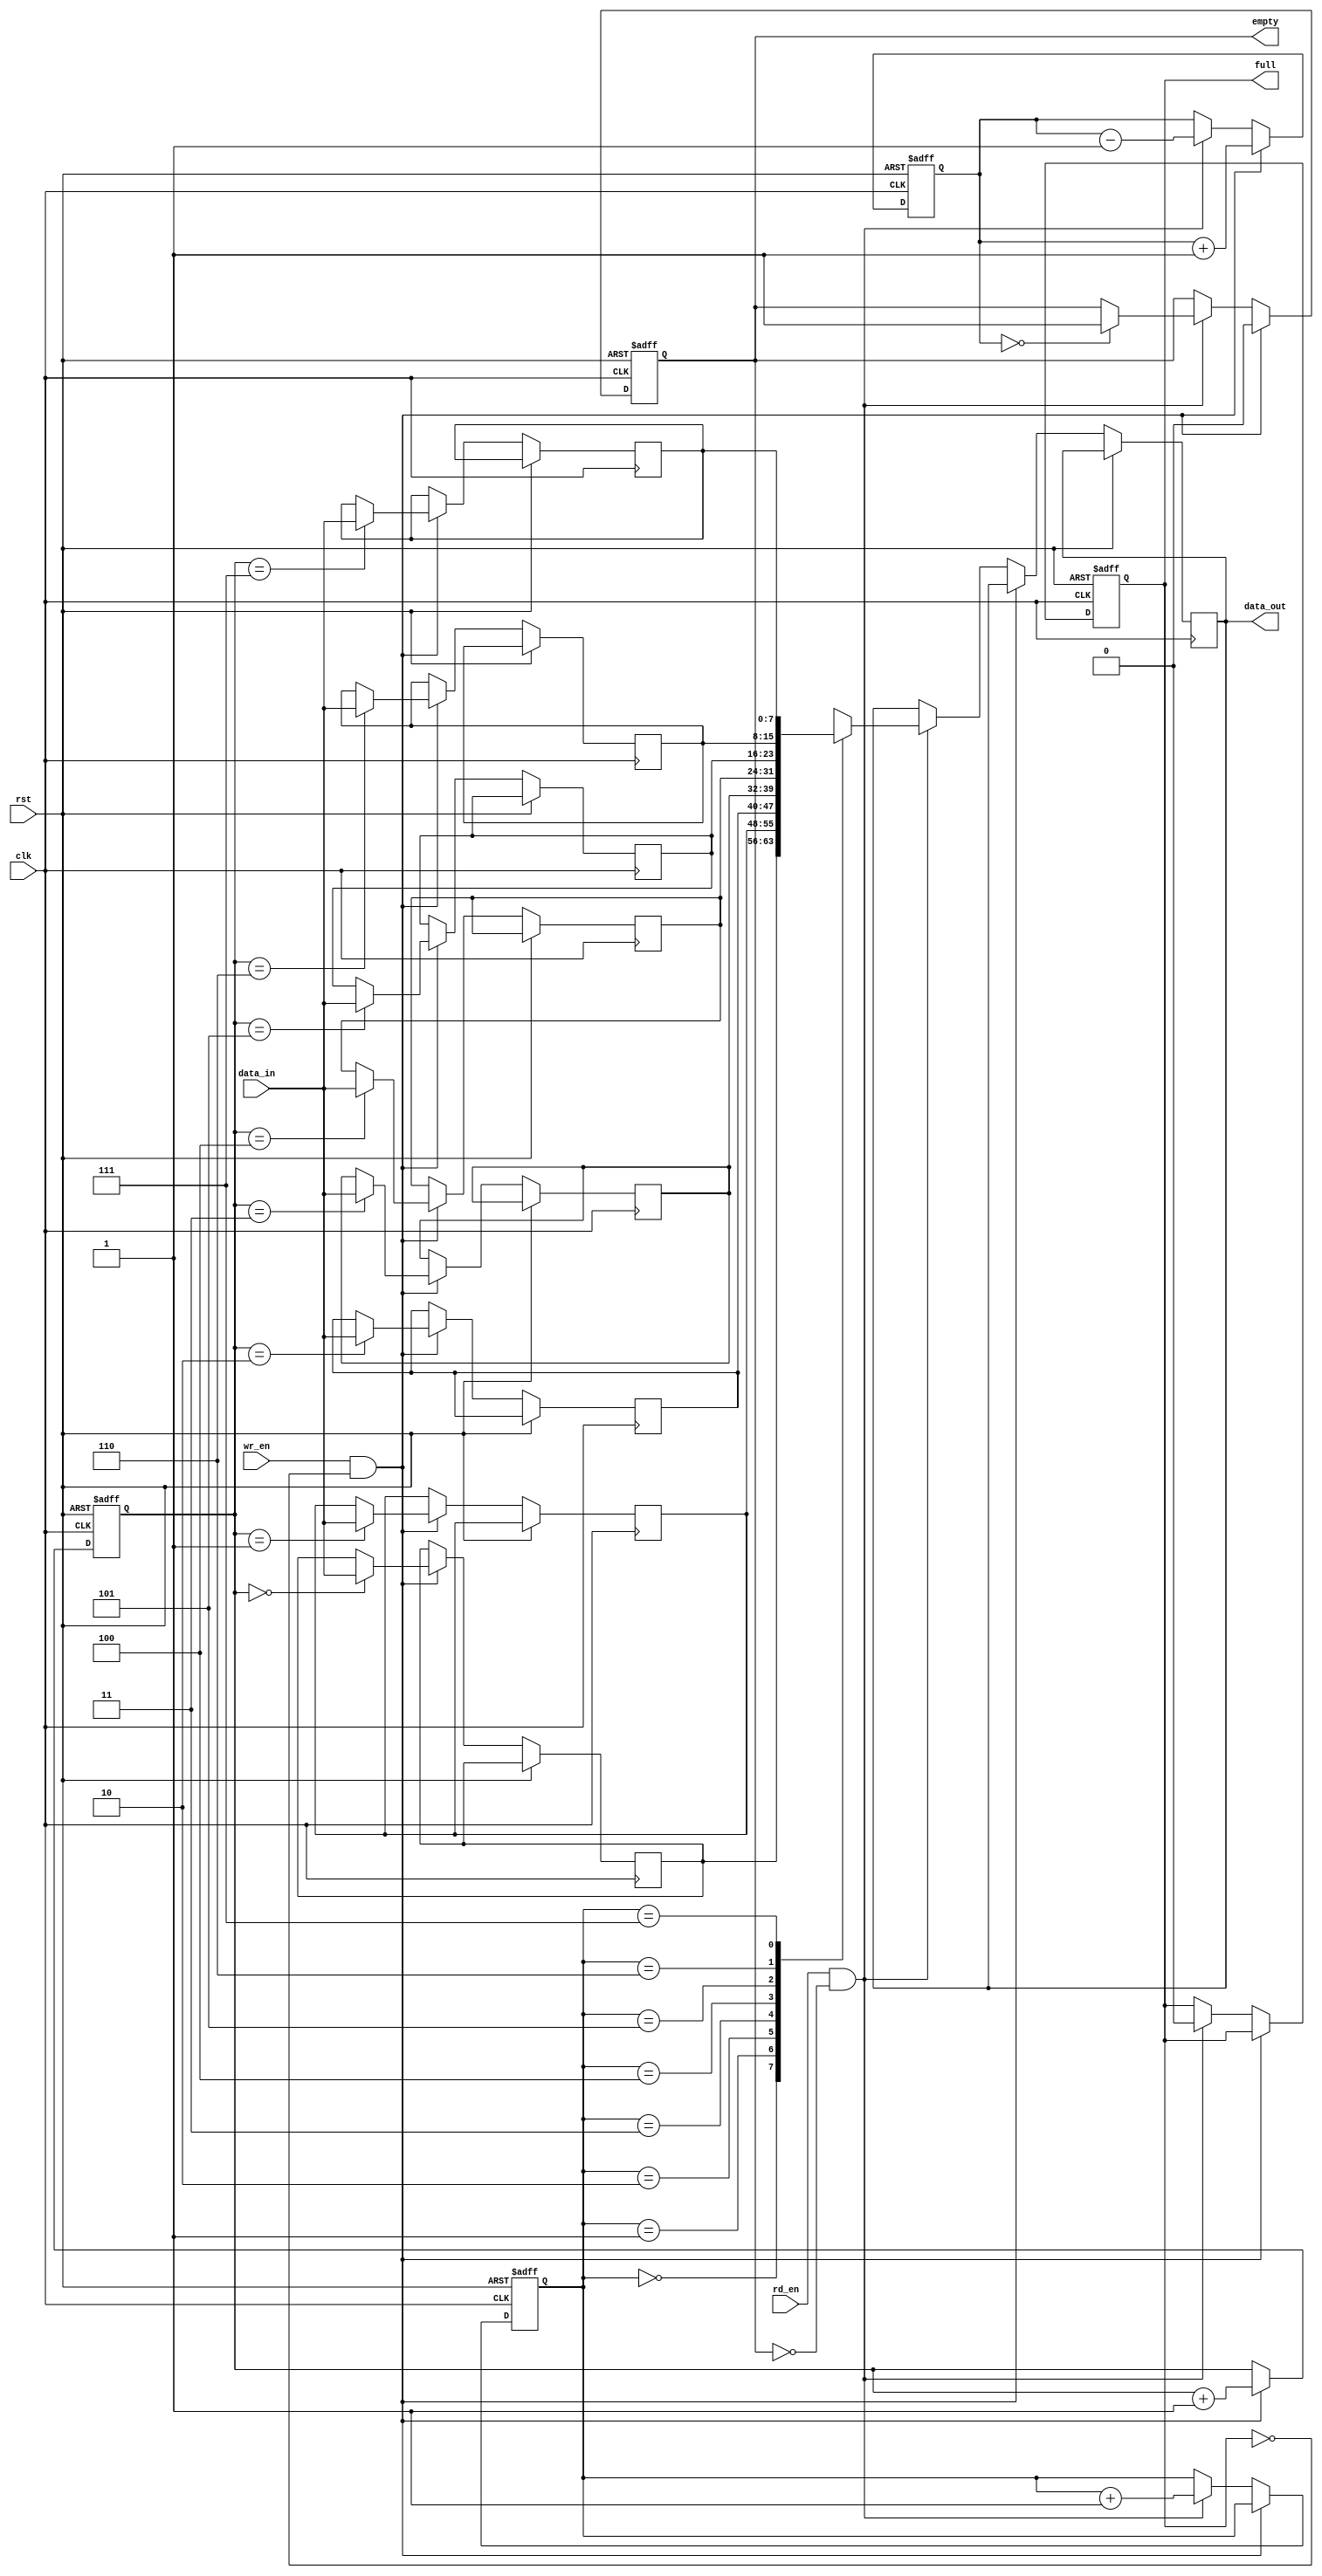
module fifo (
    input wire clk,
    input wire rst,
    input wire wr_en,
    input wire rd_en,
    input wire [7:0] data_in,
    output reg [7:0] data_out,
    output reg empty,
    output reg full
);

reg [7:0] memory [0:7]; // 8-bit data memory with 8 locations
reg [2:0] wr_ptr, rd_ptr; //write and read pointers
reg [2:0] num_items; // stores the current number of items in the fifo

always @ (posedge clk or posedge rst)
begin
    if (rst)
    begin
        wr_ptr <= 3'b000;
        rd_ptr <= 3'b000;
        num_items <= 3'b000;
        empty <= 1'b1;
        full <= 1'b0;
    end
    else if (wr_en && !full)
    begin
        memory[wr_ptr] <= data_in;
        wr_ptr <= wr_ptr + 1;
        num_items <= num_items + 1;
        
        // check if fifo is full
        if (num_items == 8)
            full <= 1'b1;
        
        // fifo is not empty after writing data
        empty <= 1'b0;
    end
    else if (rd_en && !empty)
    begin
        data_out <= memory[rd_ptr];
        rd_ptr <= rd_ptr + 1;
        num_items <= num_items - 1;
        
        // check if fifo is empty
        if (num_items == 0)
            empty <= 1'b1;
        
        // fifo is not full after reading data
        full <= 0;
    end
end

endmodule